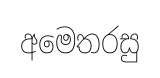
අමෙතරසු